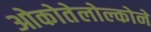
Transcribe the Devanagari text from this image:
ओकोतेलोल्कोने